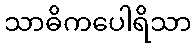
သာဓိကပေါရိသာ